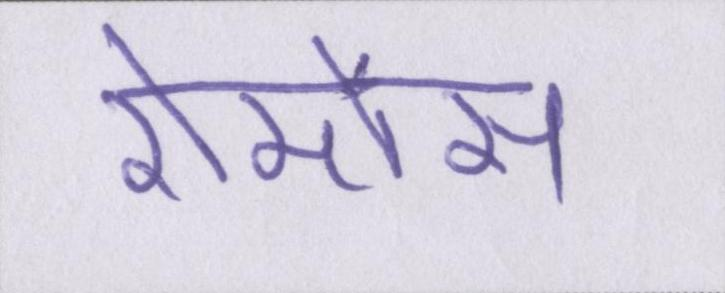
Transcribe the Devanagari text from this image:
रोमांस